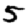
Digit: 5